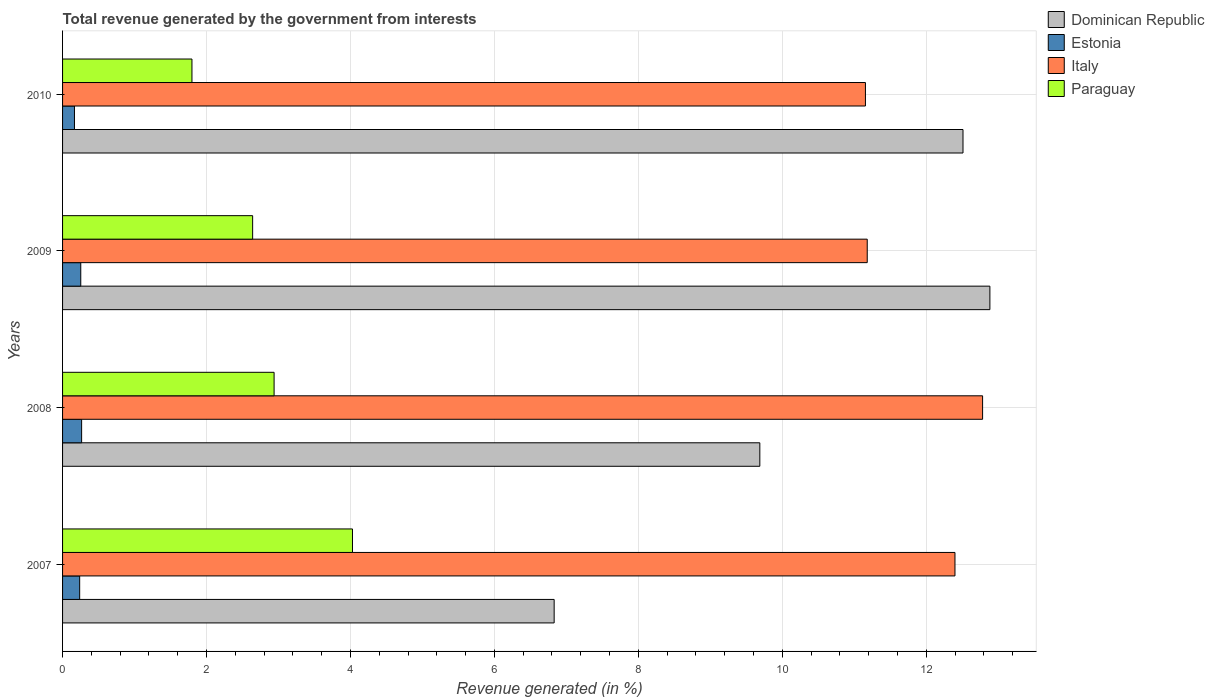
| Years | Dominican Republic | Estonia | Italy | Paraguay |
 | --- | --- | --- | --- | --- |
 | 2007 | 6.83 | 0.238 | 12.4 | 4.03 |
 | 2008 | 9.69 | 0.265 | 12.8 | 2.94 |
 | 2009 | 12.9 | 0.253 | 11.2 | 2.64 |
 | 2010 | 12.5 | 0.165 | 11.2 | 1.8 |